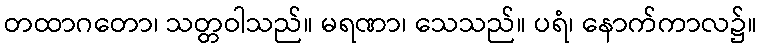
တထာဂတော၊ သတ္တဝါသည်။ မရဏာ၊ သေသည်။ ပရံ၊ နောက်ကာလ၌။